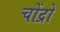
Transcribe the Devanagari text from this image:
चोंद्रो